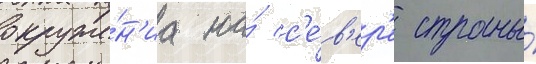
окруже́н'иа на́ с'е́в'ер'е страны́